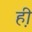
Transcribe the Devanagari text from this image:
ह़ी